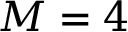
M = 4